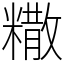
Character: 糤